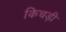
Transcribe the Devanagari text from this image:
किचड़ी